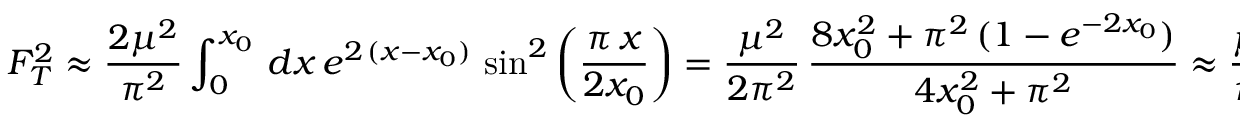
F _ { T } ^ { 2 } \approx \frac { 2 \mu ^ { 2 } } { \pi ^ { 2 } } \int _ { 0 } ^ { x _ { 0 } } \, d x \, e ^ { 2 \, ( x - x _ { 0 } ) } \, \sin ^ { 2 } \left( \frac { \pi \, x } { 2 x _ { 0 } } \right) = \frac { \mu ^ { 2 } } { 2 \pi ^ { 2 } } \, \frac { 8 x _ { 0 } ^ { 2 } + \pi ^ { 2 } \, ( 1 - e ^ { - 2 x _ { 0 } } ) } { 4 x _ { 0 } ^ { 2 } + \pi ^ { 2 } } \approx \frac { \mu ^ { 2 } } { \pi ^ { 2 } } \; .